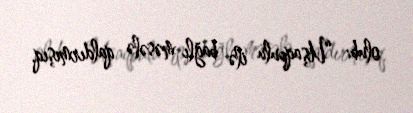
olub: “Uşaqpulu ilə bağlı məsələ qaldırmışıq.